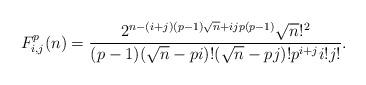
LaTeX: \begin{align*}F_{i,j}^p(n)=\frac{2^{n-(i+j)(p-1)\sqrt{n}+ijp(p-1)}\sqrt{n}!^2}{(p-1)(\sqrt{n}-pi)!(\sqrt{n}-pj)!p^{i+j}i!j!}.\end{align*}